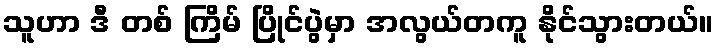
သူဟာ ဒီ တစ် ကြိမ် ပြိုင်ပွဲမှာ အလွယ်တကူ နိုင်သွားတယ်။